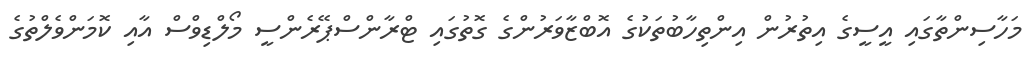
މަހާސިންތާގައި އީސީގެ އިތުރުން އިންތިހާބުތަކުގެ އޮބްޒާވަރުންގެ ގޮތުގައި ޓްރާންސްޕޭރެންސީ މޯލްޑިވްސް އާއި ކޮމަންވެލްތުގެ